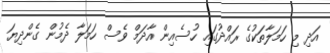
އަދި މި ހަމަލާތަކުގެ ރައްދުގައި ހުސެއިން އާދަމް ވެސް ހަމަލާ ދެމުން ގެންދިޔަ